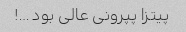
پیتزا پپرونی عالی بود …!